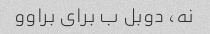
نه، دوبل ب برای براوو